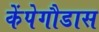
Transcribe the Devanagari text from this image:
केंपेगौडास